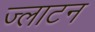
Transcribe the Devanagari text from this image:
ज्लाटन